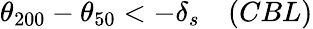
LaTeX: \theta_{200}-\theta_{50}<-\delta_{s}\quad(CBL)